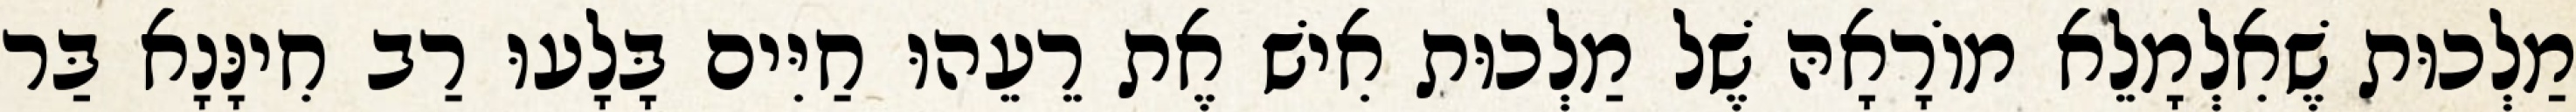
מַלְכוּת שֶׁאִלְמָלֵא מוֹרָאָהּ שֶׁל מַלְכוּת אִישׁ אֶת רֵעֵהוּ חַיִּים בָּלָעוּ רַב חִינָּנָא בַּר